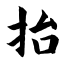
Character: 抬